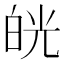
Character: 㿠